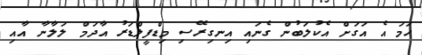
ހަމަ އެ އަގަށް އެކުލަބުން ގެނައި އިނގިރޭސި މިޑްފީލްޑަރު އާދަމް ލަލާނާ އާއި